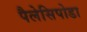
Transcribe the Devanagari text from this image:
पैलेसिपोडा